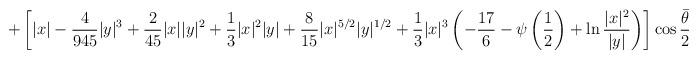
LaTeX: \begin{align*}+\left[|x| -{ 4 \over 945 }|y|^3 +{2 \over 45} |x||y|^2+{1 \over 3}|x|^2|y| +{8 \over 15}|x|^{5/2}|y|^{1/2}+{1 \over 3}|x|^3 \left(-{17 \over 6}-\psi\left( 1 \over 2 \right)+\ln{ |x|^2 \over |y| }\right)\right]\cos {\bar\theta \over 2}\end{align*}